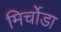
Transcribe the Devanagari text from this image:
मिर्चोडा